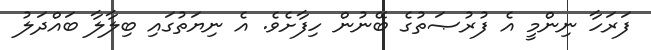
ފަރަހާ ނިންމީ އެ ފުރުޞަތުގެ ބޭނުން ހިފާށެވެ. އެ ނިޔަތުގައި ބިލާލާ ބައްދަލު